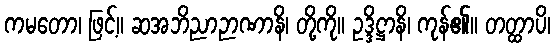
ကမတော၊ ဖြင့်။ ဆအဘိညာဉာဏာနိ၊ တို့ကို။ ဥဒ္ဒိဋ္ဌာနိ၊ ကုန်၏။ တတ္ထာပိ၊